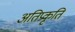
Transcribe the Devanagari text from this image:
अतिप्रकृति